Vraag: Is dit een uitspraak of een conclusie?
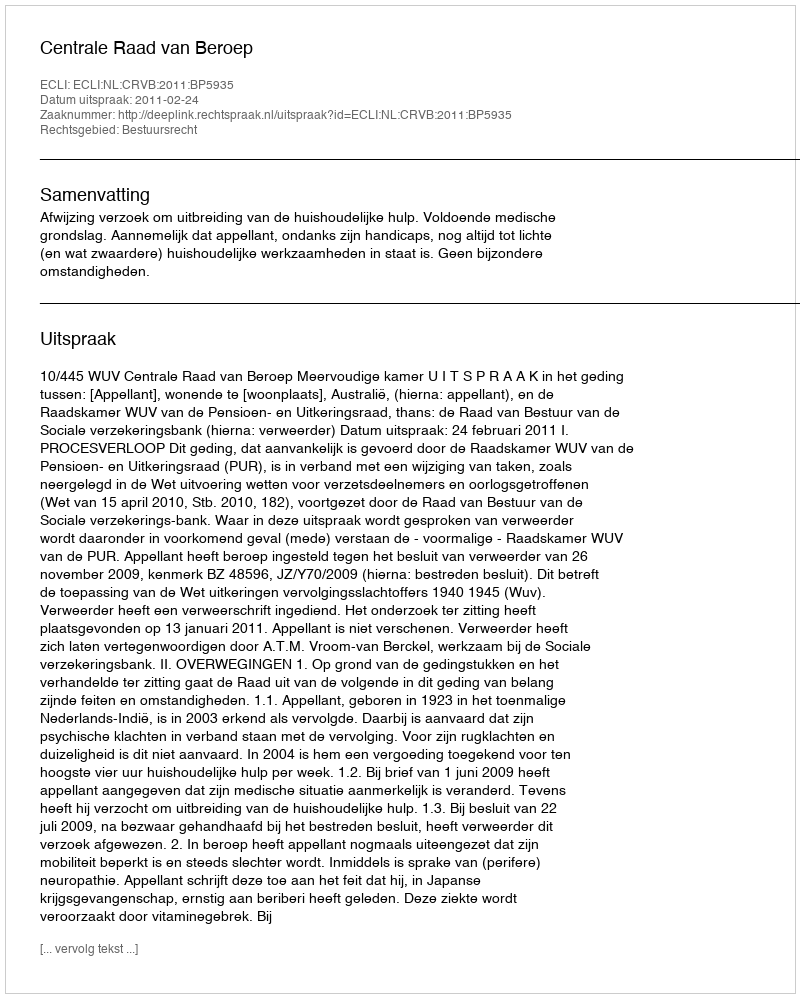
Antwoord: Uitspraak